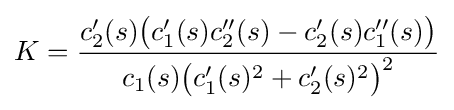
K={\frac {c_{2}'(s){\big (}c_{1}'(s)c_{2}''(s)-c_{2}'(s)c_{1}''(s){\big )}}{c_{1}(s){\big (}c_{1}'(s)^{2}+c_{2}'(s)^{2}{\big )}^{2}}}